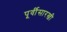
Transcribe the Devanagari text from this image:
पूर्वीसारखी